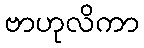
ဗာဟုလိကာ